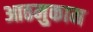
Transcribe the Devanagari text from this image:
आठमुकाम